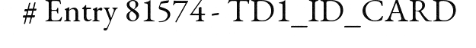
# Entry 81574 - TD1_ID_CARD